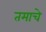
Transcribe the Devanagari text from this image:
तमाचे